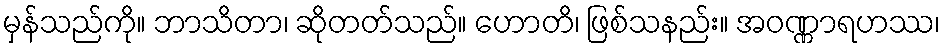
မှန်သည်ကို။ ဘာသိတာ၊ ဆိုတတ်သည်။ ဟောတိ၊ ဖြစ်သနည်း။ အဝဏ္ဏာရဟဿ၊